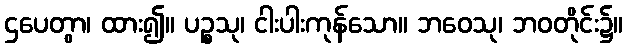
ဌပေတွာ၊ ထား၍။ ပဉ္စသု၊ ငါးပါးကုန်သော။ ဘဝေသု၊ ဘဝတိုင်း၌။